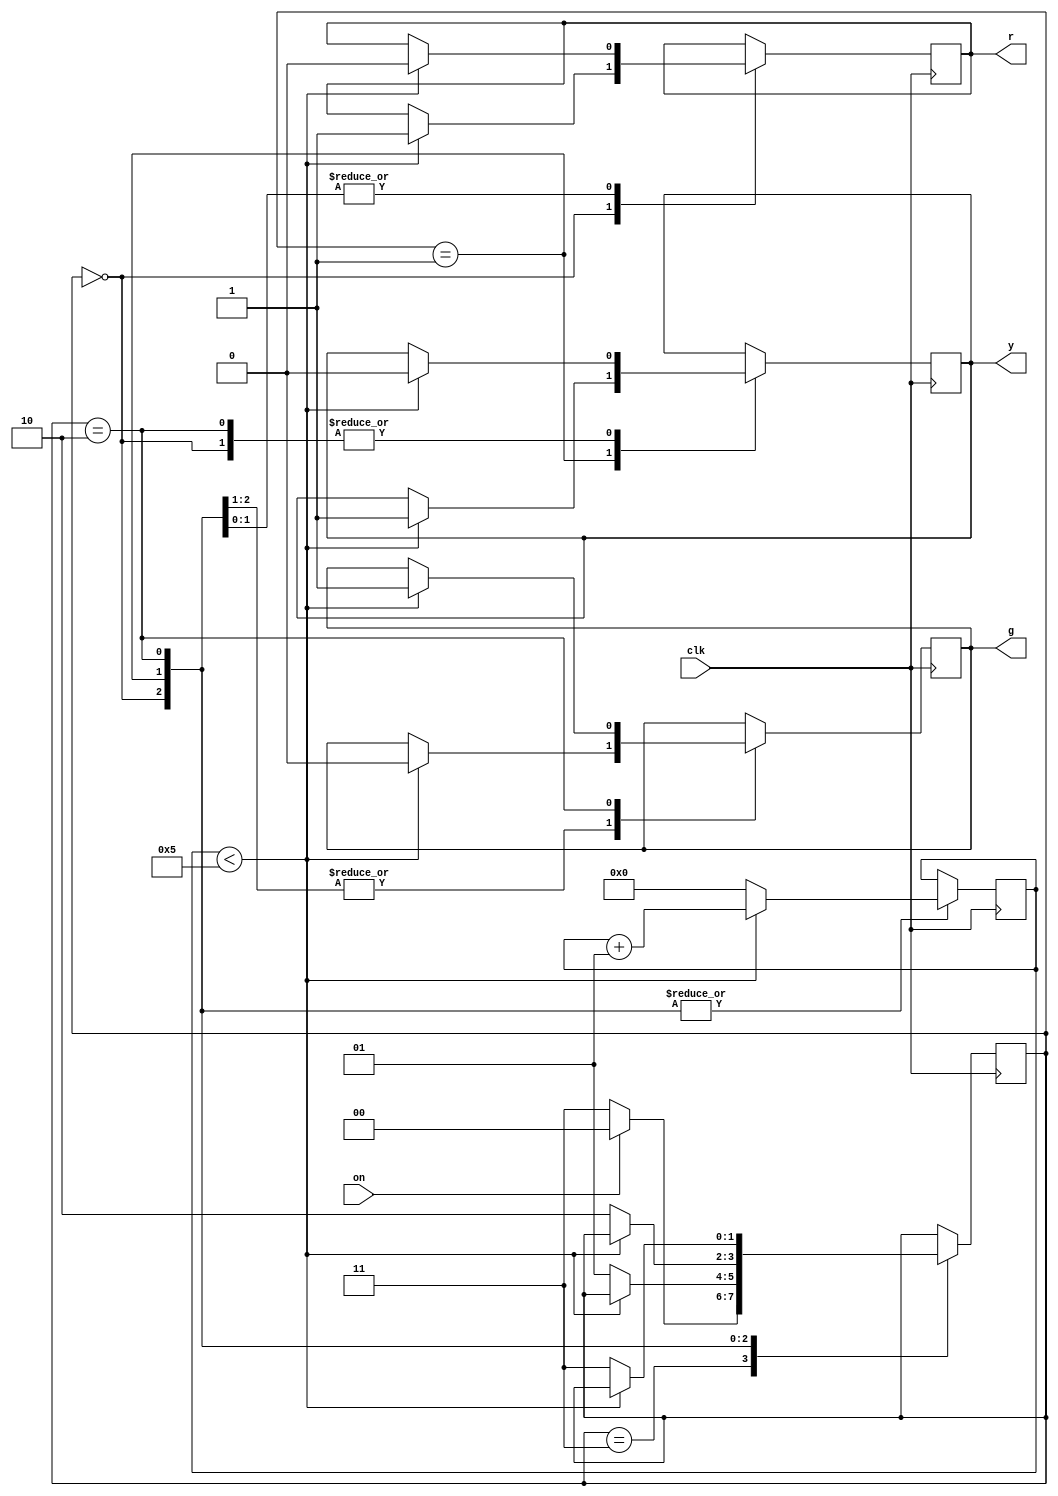
`timescale 1ns / 1ps
module tlc(
    input on,clk,
    output r,g,y
    );
    
    reg tempr=0,tempy=0,tempg=0;
    
    integer count=0;//for how much time one led glow is decided by count variable
    
    reg [1:0]state=3;//00 01 10 11 and we have started with state start
    parameter red=0,yellow=1,green=2,start=3;
    
     
    
    always@(posedge clk) begin
    case(state)
    
    start: begin
              if(on==1'b1)
                state<=red;
              else
                state<=start;
            end
            
     
     red: begin//till count!=5 only red led glow for that timeperiod
           if(count<5)begin
            tempr<=1'b1;
            tempy<=1'b0;
            tempg<=1'b0;
            count<=count+1;
           end
            else begin//when count =5 yellow lisght should glow
                count<=0;
                state<=yellow;
                end
           end
                
     yellow:   begin//till count!=5 only yellow led glow for that timeperiod
                  if(count<5) begin  
                    tempr<=1'b0;
                    tempy<=1'b1;
                    tempg<=1'b0;
                    count<=count+1;
                    end
                    else begin//when count =5 green lisght should glow
                        count<=0;
                        state<=green;
                        end
                 end
      green:  begin//till count!=5 only green led glow for that timeperiod
                    if(count<5)begin
                        tempr<=1'b0;
                        tempy<=1'b0;
                        tempg<=1'b1;
                        count<=count+1;
                        end
                        else begin//when count =5 red lisght should glow
                            count<=0;
                            state<=start;
                         end
               end
                            
      default: state<=start;
      
   endcase
  end
  
  assign r=tempr;
  assign y=tempy;
  assign g=tempg;
endmodule